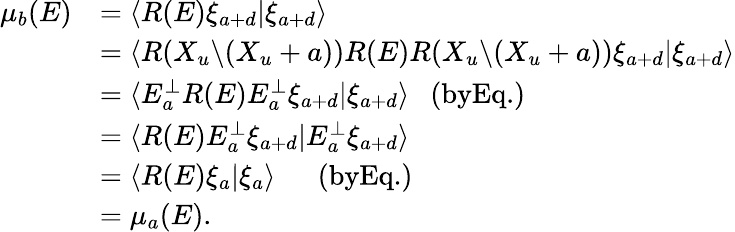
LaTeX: \begin{array}{rl}{\mu_{b}(E)}&{=\langle R(E)\xi_{a+d}|\xi_{a+d}\rangle}\\ &{=\langle R(X_{u}\backslash(X_{u}+a))R(E)R(X_{u}\backslash(X_{u}+a))\xi_{a+d}|\xi_{a+d}\rangle}\\ &{=\langle E_{a}^{\perp}R(E)E_{a}^{\perp}\xi_{a+d}|\xi_{a+d}\rangle~~~(\textrm{byEq.})}\\ &{=\langle R(E)E_{a}^{\perp}\xi_{a+d}|E_{a}^{\perp}\xi_{a+d}\rangle}\\ &{=\langle R(E)\xi_{a}|\xi_{a}\rangle~~~~~~(\textrm{byEq.})}\\ &{=\mu_{a}(E).}\end{array}